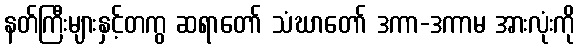
နတ်ကြီးများနှင့်တကွ ဆရာတော် သံဃာတော် ဒကာ-ဒကာမ အားလုံးကို